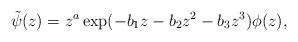
LaTeX: \begin{align*} \tilde{\psi}(z) = z^a \exp(-b_1z - b_2z^2 - b_3z^3) \phi(z),\end{align*}